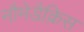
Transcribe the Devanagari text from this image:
नौमेडैक्रिस